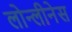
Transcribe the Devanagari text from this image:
लोन्लीनेस